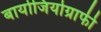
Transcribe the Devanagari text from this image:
बायोजियोग्राफी